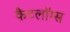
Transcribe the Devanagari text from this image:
कैटलॉग्स